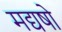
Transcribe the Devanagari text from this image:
मद्यषो